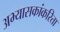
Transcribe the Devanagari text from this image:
अभ्यासकांकरिता